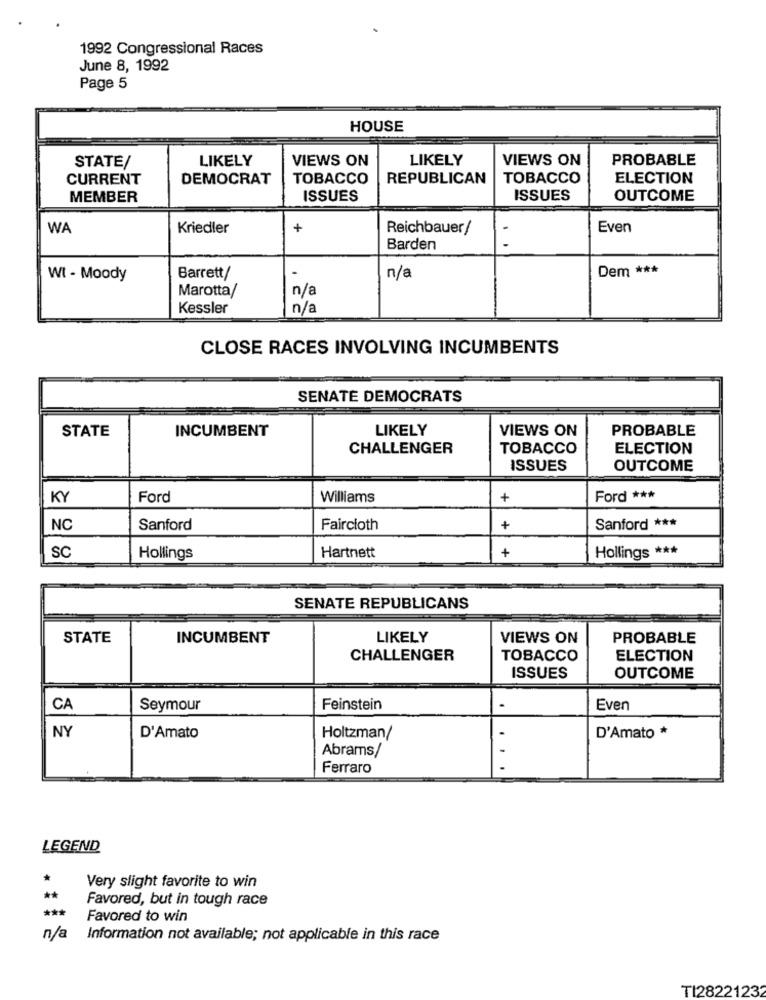
1992 Congressional Races
June 8, 1992
Page 5
HOUSE
STATE/
LIKELY
VIEWS ON
LIKELY
VIEWS ON
PROBABLE
CURRENT
DEMOCRAT
TOBACCO
REPUBLICAN
TOBACCO
ELECTION
MEMBER
ISSUES
ISSUES
OUTCOME
WA
Kriedler
+
Reichbauer/
Even
Barden
Dem ***
WI - Moody
Barrett/
n/a
Marotta/
n/a
Kessler
n/a
CLOSE RACES INVOLVING INCUMBENTS
SENATE DEMOCRATS
STATE
INCUMBENT
LIKELY
VIEWS ON
PROBABLE
CHALLENGER
TOBACCO
ELECTION
ISSUES
OUTCOME
KY
Ford
Williams
+
Ford ***
NC
Sanford
Faircloth
+
Sanford ***
SC
+
Hollings
Hartnett
Hollings ***
SENATE REPUBLICANS
STATE
INCUMBENT
LIKELY
VIEWS ON
PROBABLE
CHALLENGER
TOBACCO
ELECTION
ISSUES
OUTCOME
CA
Seymour
Feinstein
Even
NY
D'Amato *
D'Amato
Holtzman/
Abrams/
Ferraro
LEGEND
*
Very slight favorite to win
**
Favored, but in tough race
***
Favored to win
n/a
Information not available; not applicable in this race
TI28221232